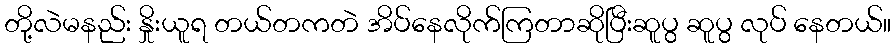
တို့လဲမနည်း နှိုးယူရ တယ်တကတဲ အိပ်နေလိုက်ကြတာဆိုပြီးဆူပွ ဆူပွ လုပ် နေတယ်။